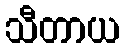
သီတာယ